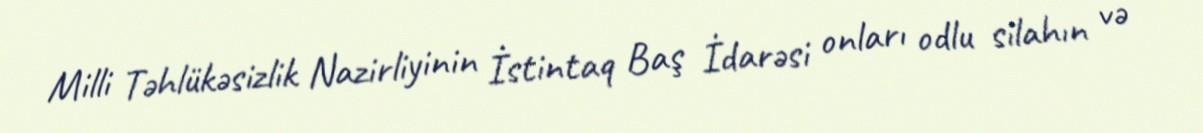
Milli Təhlükəsizlik Nazirliyinin İstintaq Baş İdarəsi onları odlu silahın və